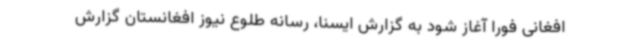
افغانی فورا آغاز شود به گزارش ایسنا، رسانه طلوع نیوز افغانستان گزارش